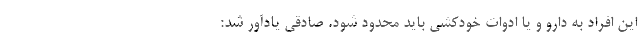
این افراد به دارو و یا ادوات خودکشی باید محدود شود. صادقی یادآور شد: